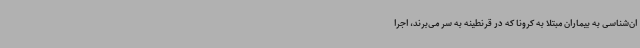
ان‌شناسی به بیماران مبتلا به کرونا که در قرنطینه به سر می‌برند، اجرا